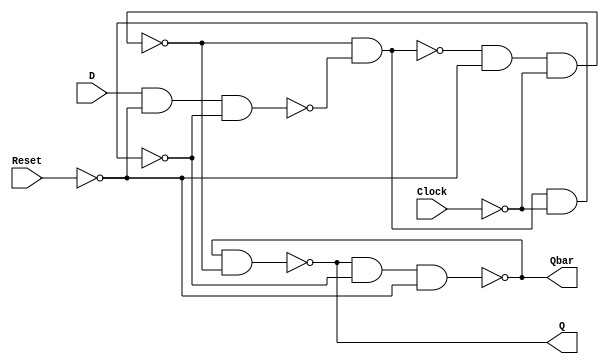
//active high signal rest
module d_flip_flop(D,Clock,Reset,Q,Qbar);
	input D,Clock,Reset;
	output Q,Qbar;
	
	
	wire cbar,clkbar,s,r,rbar,sbar;
	
	not n11(cbar,Reset);
	not n22(clkbar,Clock);
	
	
	nand n1(sbar,s,rbar);
	nand n2(s,sbar,cbar,clkbar);
	nand n3(r,s,rbar,clkbar);
	nand n4(rbar,D,cbar,r);
	
	nand n5(Q,Qbar,s);
	nand n6(Qbar,Q,r,cbar);
endmodule